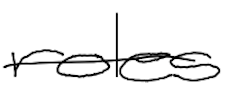
Text: roles
Cross-out: single-line
Writing tool: digital_black